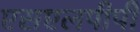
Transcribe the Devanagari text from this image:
एसएलपीपी